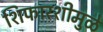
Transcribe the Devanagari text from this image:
शिफारशीमुळे